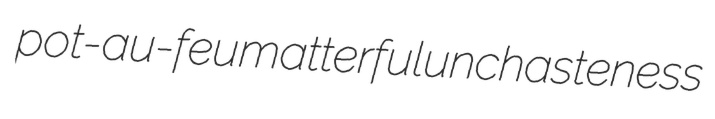
pot-au-feu matterful unchasteness